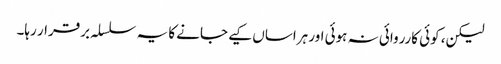
لیکن، کوئی کارروائی نہ ہوئی اور ہراساں کیے جانے کا یہ سلسلہ برقرار رہا۔